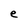
Character: e